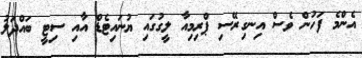
އެންމެ ފަހުން ވެސް އިނގިރޭސި ޕްރިމިއާ ލީގުގައި ޔުނައިޓެޑް އާއި ސިޓީ ބައްދަލު